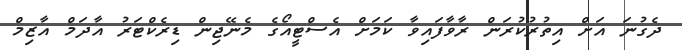
ދެގުނަ އަށް އިތުރުކުރަން ރާވާފައިވާ ކަމަށް އެސްޓީއޯގެ މެނޭޖިން ޑިރެކްޓަރު އާދަމް އާޒިމް